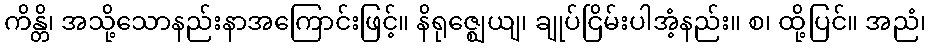
ကိန္တိ၊ အသို့သောနည်းနာအကြောင်းဖြင့်။ နိရုဇ္ဈေယျ၊ ချုပ်ငြိမ်းပါအံ့နည်း။ စ၊ ထို့ပြင်။ အညံ၊